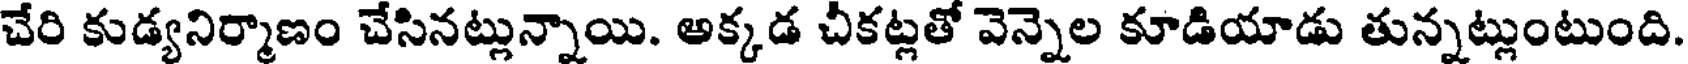
చేరి కుడ్యనిర్మాణం చేసినట్లున్నాయి. అక్కడ చీకట్లతో వెన్నెల కూడియాడు తున్నట్లుంటుంది.